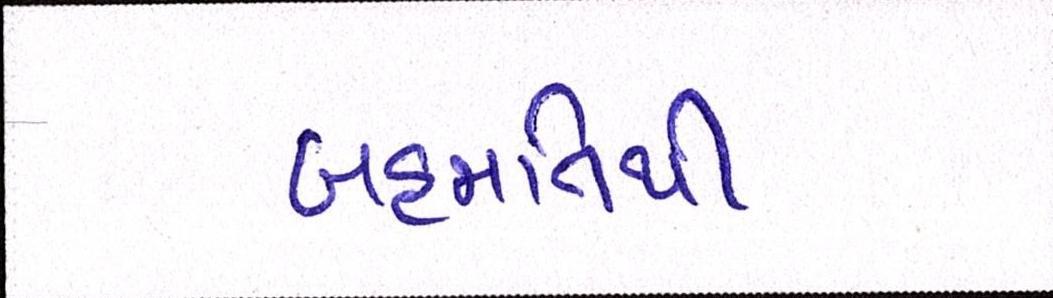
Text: બહમતિથી